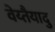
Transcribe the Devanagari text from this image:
वेय्तैयादु